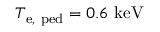
T _ { \mathrm { e , ~ p e d } } = 0 . 6 ~ \mathrm { k e V }